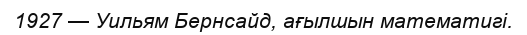
1927 — Уильям Бернсайд, ағылшын математигі.